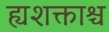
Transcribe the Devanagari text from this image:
ह्यशक्ताश्च